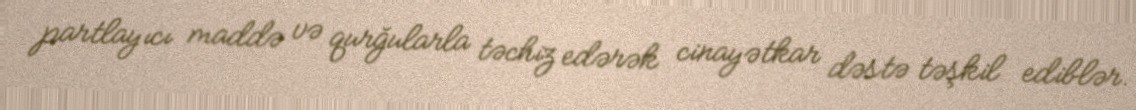
partlayıcı maddə və qurğularla təchiz edərək cinayətkar dəstə təşkil ediblər.